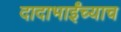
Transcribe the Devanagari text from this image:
दादाभाईंच्याच